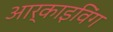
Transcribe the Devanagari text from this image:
आर्काइविंग